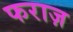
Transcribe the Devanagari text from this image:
फराज़